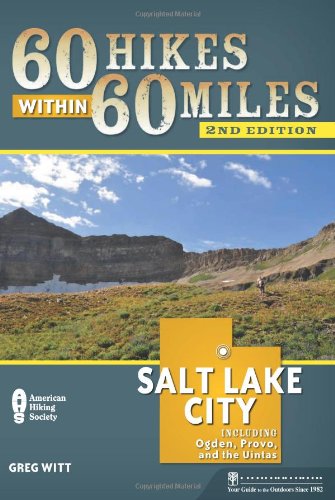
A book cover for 60 Hikes Within 60 Miles: Salt Lake City: Including Ogden, Provo, and the Uintas; Greg Witt; Health, Fitness & Dieting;